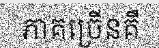
ភាគច្រើនគឺ